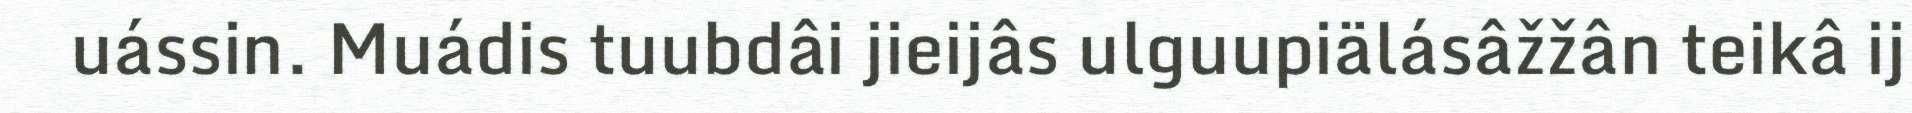
uássin. Muádis tuubdâi jieijâs ulguupiälásâžžân teikâ ij